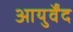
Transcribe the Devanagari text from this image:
आयुर्वेंद